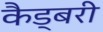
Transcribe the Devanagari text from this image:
कैड्बरी